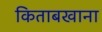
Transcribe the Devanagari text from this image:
किताबखाना